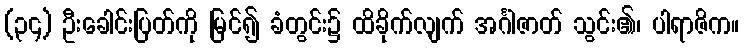
(၃၄) ဦးခေါင်းပြတ်ကို မြင်၍ ခံတွင်း၌ ထိခိုက်လျက် အင်္ဂါဇာတ် သွင်း၏၊ ပါရာဇိက။